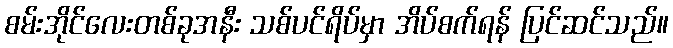
စမ်းအိုင်လေးတစ်ခုအနီး သစ်ပင်ရိပ်မှာ အိပ်စက်ရန် ပြင်ဆင်သည်။